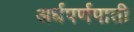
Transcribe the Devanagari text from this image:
अर्धपर्णपाती